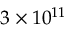
3 \times 1 0 ^ { 1 1 }